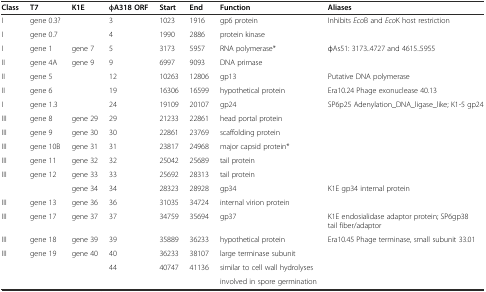
<table><thead><tr><td><b>Class</b></td><td><b>T7</b></td><td><b>K1E</b></td><td><b>φA318 ORF</b></td><td><b>Start</b></td><td><b>End</b></td><td><b>Function</b></td><td><b>Aliases</b></td></tr></thead><tbody><tr><td>I</td><td>gene 0.3?</td><td></td><td>3</td><td>1023</td><td>1916</td><td>gp6 protein</td><td>Inhibits <i>Eco</i>B and <i>Eco</i>K host restriction</td></tr><tr><td>I</td><td>gene 0.7</td><td></td><td>4</td><td>1990</td><td>2886</td><td>protein kinase</td><td></td></tr><tr><td>I</td><td>gene 1</td><td>gene 7</td><td>5</td><td>3173</td><td>5957</td><td>RNA polymerase*</td><td>φAs51: 3173..4727 and 4615..5955</td></tr><tr><td>II</td><td>gene 4A</td><td>gene 9</td><td>9</td><td>6997</td><td>9093</td><td>DNA primase</td><td></td></tr><tr><td>II</td><td>gene 5</td><td></td><td>12</td><td>10263</td><td>12806</td><td>gp13</td><td>Putative DNA polymerase</td></tr><tr><td>II</td><td>gene 6</td><td></td><td>19</td><td>16306</td><td>16599</td><td>hypothetical protein</td><td>Era10.24 Phage exonuclease 40.13</td></tr><tr><td>I</td><td>gene 1.3</td><td></td><td>24</td><td>19109</td><td>20107</td><td>gp24</td><td>SP6p25 Adenylation_DNA_ligase_like; K1-5 gp24</td></tr><tr><td>III</td><td>gene 8</td><td>gene 29</td><td>29</td><td>21233</td><td>22861</td><td>head portal protein</td><td></td></tr><tr><td>III</td><td>gene 9</td><td>gene 30</td><td>30</td><td>22861</td><td>23769</td><td>scaffolding protein</td><td></td></tr><tr><td>III</td><td>gene 10B</td><td>gene 31</td><td>31</td><td>23817</td><td>24968</td><td>major capsid protein*</td><td></td></tr><tr><td>III</td><td>gene 11</td><td>gene 32</td><td>32</td><td>25042</td><td>25689</td><td>tail protein</td><td></td></tr><tr><td>III</td><td>gene 12</td><td>gene 33</td><td>33</td><td>25692</td><td>28313</td><td>tail protein</td><td></td></tr><tr><td></td><td></td><td>gene 34</td><td>34</td><td>28323</td><td>28928</td><td>gp34</td><td>K1E gp34 internal protein</td></tr><tr><td>III</td><td>gene 13</td><td>gene 36</td><td>36</td><td>31035</td><td>34724</td><td>internal virion protein</td><td></td></tr><tr><td>III</td><td>gene 17</td><td>gene 37</td><td>37</td><td>34759</td><td>35694</td><td>gp37</td><td>K1E endosialidase adaptor protein; SP6gp38 tail fiber/adaptor</td></tr><tr><td>III</td><td>gene 18</td><td>gene 39</td><td>39</td><td>35889</td><td>36233</td><td>hypothetical protein</td><td>Era10.45 Phage terminase, small subunit 33.01</td></tr><tr><td>III</td><td>gene 19</td><td>gene 40</td><td>40</td><td>36233</td><td>38107</td><td>large terminase subunit</td><td></td></tr><tr><td></td><td></td><td></td><td>44</td><td>40747</td><td>41136</td><td>similar to cell wall hydrolyses</td><td></td></tr><tr><td></td><td></td><td></td><td></td><td></td><td></td><td>involved in spore germination</td><td></td></tr></tbody></table>